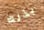
بذلك